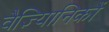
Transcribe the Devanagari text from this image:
वैज्ञ्यिानिकों